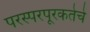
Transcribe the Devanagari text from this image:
परस्परपूरकतेचे